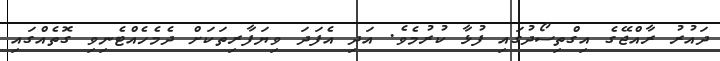
ދައުރު ރާއްޖޭގެ އިގްތިސޯދުގައި ފުޅާ ކުރުމެވެ. އަދި އެފަދަ ވިޔަފާރިތަކަށް ދެމެހެއްޓެނިވި ގޮތެއްގައި